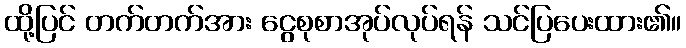
ထို့ပြင် တက်တက်အား ငွေစုစာအုပ်လုပ်ရန် သင်ပြပေးထား၏။